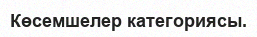
Көсемшелер категориясы.